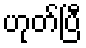
ဟုတ်ပြီ